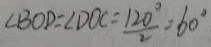
\angle B O D = \angle D O C = \frac { 1 2 0 ^ { \circ } } { 2 } = 6 0 ^ { \circ }